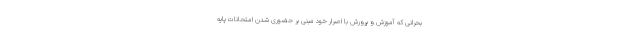
بحرانی که آموزش و پرورش با اصرار خود مبنی بر حضوری شدن امتحانات پایه